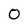
Character: 0